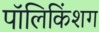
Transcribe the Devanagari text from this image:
पॉलिकिंशग